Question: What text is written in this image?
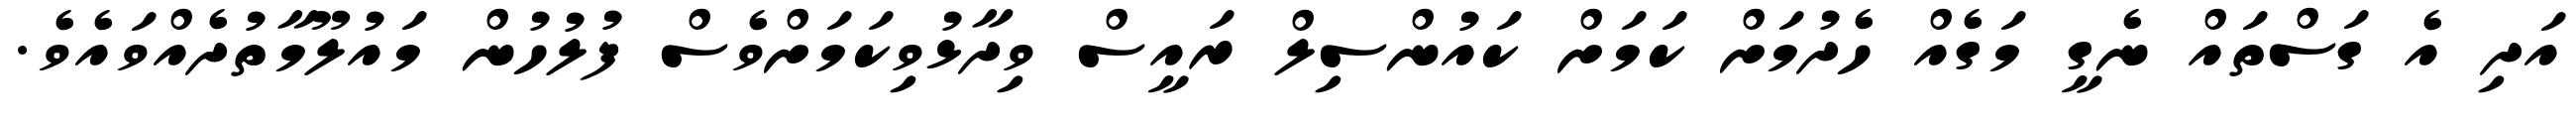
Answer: އަދި އެ ގަސްތައް ނެގީ މަގެއް ހެދުމަށް ކަމަށް ކައުންސިލް ރައީސް ވިދާޅުވިކަމަށްވެސް ފުލުހުން މައުލޫމާތުދެއްވައެވެ.